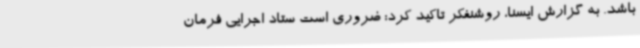
باشد. به گزارش ایسنا، روشنفکر تاکید کرد: ضروری است ستاد اجرایی فرمان